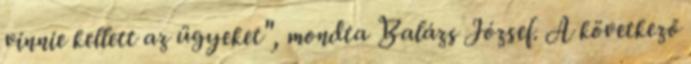
vinnie kellett az ügyeket", mondta Balázs József. A következő